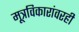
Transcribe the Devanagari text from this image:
मूत्रविकारांवरही